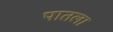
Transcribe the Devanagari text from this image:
पातला